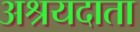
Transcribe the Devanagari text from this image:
अश्रयदाता